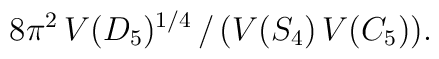
8 \pi^2 \,V(D_5)^{1/4} \, / \, (V(S_4) \, V(C_5)).